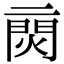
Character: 𨴙